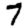
Digit: 7